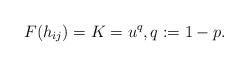
LaTeX: \begin{align*}F(h_{ij})=K=u^q, q:=1-p.\end{align*}